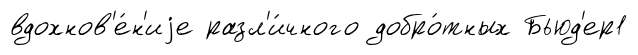
вдохнов'е́н'иjе разл'и́чного добро́тных Бьюд'ер1